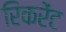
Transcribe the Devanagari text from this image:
रिकरेंट